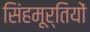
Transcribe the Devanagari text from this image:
सिंहमूर्तियों